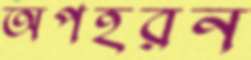
অপহরন